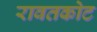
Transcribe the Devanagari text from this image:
रावतकोट